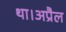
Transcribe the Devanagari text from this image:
था।अप्रैल